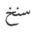
سنخ